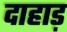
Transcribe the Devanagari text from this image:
दाहाड़